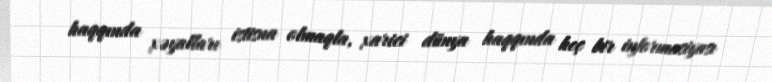
haqqında xəyalları istisna olmaqla, xarici dünya haqqında heç bir informasiyası